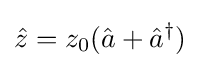
{\hat {z}}=z_{0}({\hat {a}}+{\hat {a}}^{\dagger })